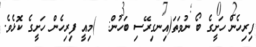
ފިރިހެން ހަށީގެ ބޯ ނުވަތަ(އިނގިރޭސި ބަހުން:  )މިއީ ފިރިހެން ހަށީގެ ކޮޅެވެ.